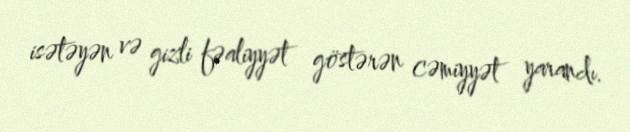
isətəyən və gizli fəaliyyət göstərən cəmiyyət yarandı.